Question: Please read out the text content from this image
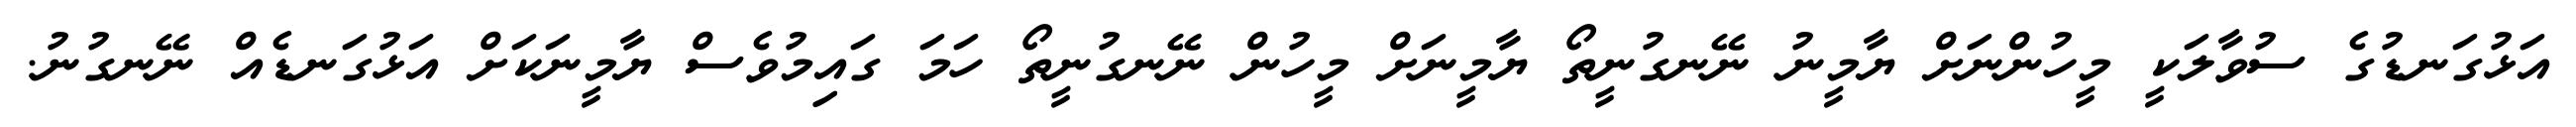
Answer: އަޅުގަނޑުގެ ސުވާލަކީ މީހުންނަށް ޔާމީނު ނޭނގުނީތޯ ޔާމީނަށް މީހުން ނޭނގުނީތޯ ހަމަ ގައިމުވެސް ޔާމީނަކަށް އަޅުގަނޑެއް ނޭނގުނު.